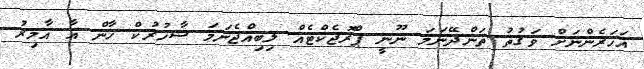
އަހަރެންނަށް ވަގުތު ތަންދޭނަމަ ނޫނީ ޕްރޮޖެކްޓެއް ލިބިއްޖެނަމަ ޝާހުރުކް ޚާން އާ އާމިރު